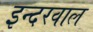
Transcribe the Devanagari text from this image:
इन्दरवाल